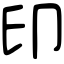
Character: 印